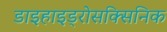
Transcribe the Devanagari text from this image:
डाइहाइड्रोसक्सिनिक